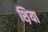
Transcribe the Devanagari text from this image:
श़िया